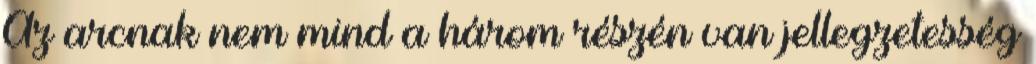
Az arcnak nem mind a három részén van jellegzetesség